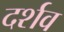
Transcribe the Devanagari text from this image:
दर्शव